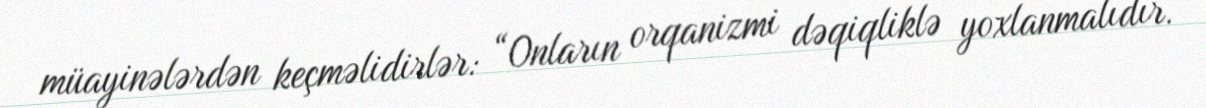
müayinələrdən keçməlidirlər: “Onların orqanizmi dəqiqliklə yoxlanmalıdır.